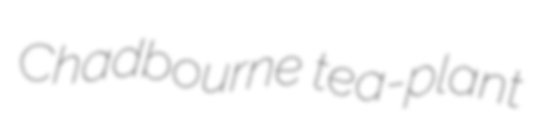
Chadbourne tea-plant